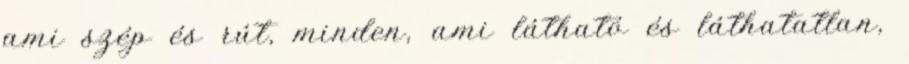
ami szép és rút, minden, ami látható és láthatatlan,